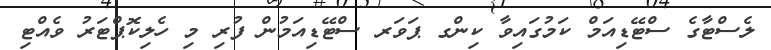
ލެސްޓާގެ ސްޓޭޑިއަމް ކަމުގައިވާ ކިންގ ޕަވަރ ސްޓޭޑިއަމުން ފުރި މި ހެލިކޮޕްޓަރު ވެއްޓި